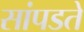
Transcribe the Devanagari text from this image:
सांपडते